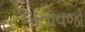
બતાવજો